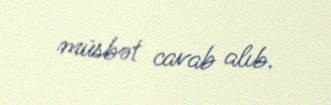
müsbət cavab alıb.